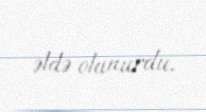
əldə olunurdu.